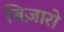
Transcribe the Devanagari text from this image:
बिज़ारो